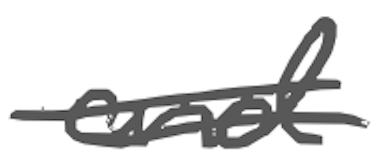
Text: and
Cross-out: double-line
Writing tool: digital_gray